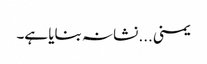
یمنی... نشانہ بنایا ہے۔